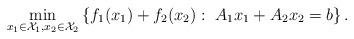
LaTeX: \begin{align*} \min\limits_{x_1\in\mathcal{X}_1,x_2\in\mathcal{X}_2}\left\{f_1(x_1)+f_2(x_2):~ A_1x_1+A_2x_2=b\right\}. \end{align*}